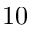
1 0